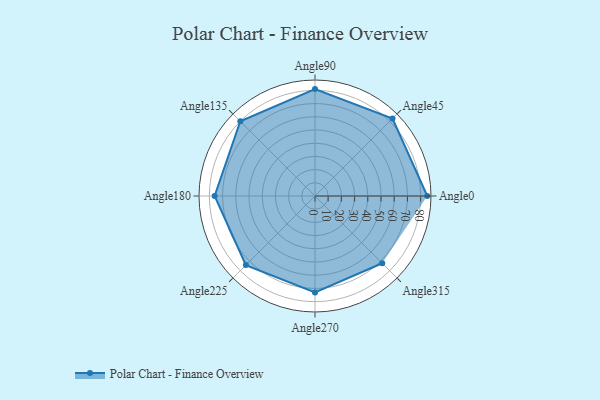
{"axis": {"x": "Angle", "y": "Radius"}, "legend": [""], "data": [{"x": "Angle0", "y": 85.0, "type": ""}, {"x": "Angle45", "y": 83.0, "type": ""}, {"x": "Angle90", "y": 81.0, "type": ""}, {"x": "Angle135", "y": 80.0, "type": ""}, {"x": "Angle180", "y": 76.0, "type": ""}, {"x": "Angle225", "y": 74.0, "type": ""}, {"x": "Angle270", "y": 73.0, "type": ""}, {"x": "Angle315", "y": 72.0, "type": ""}]}